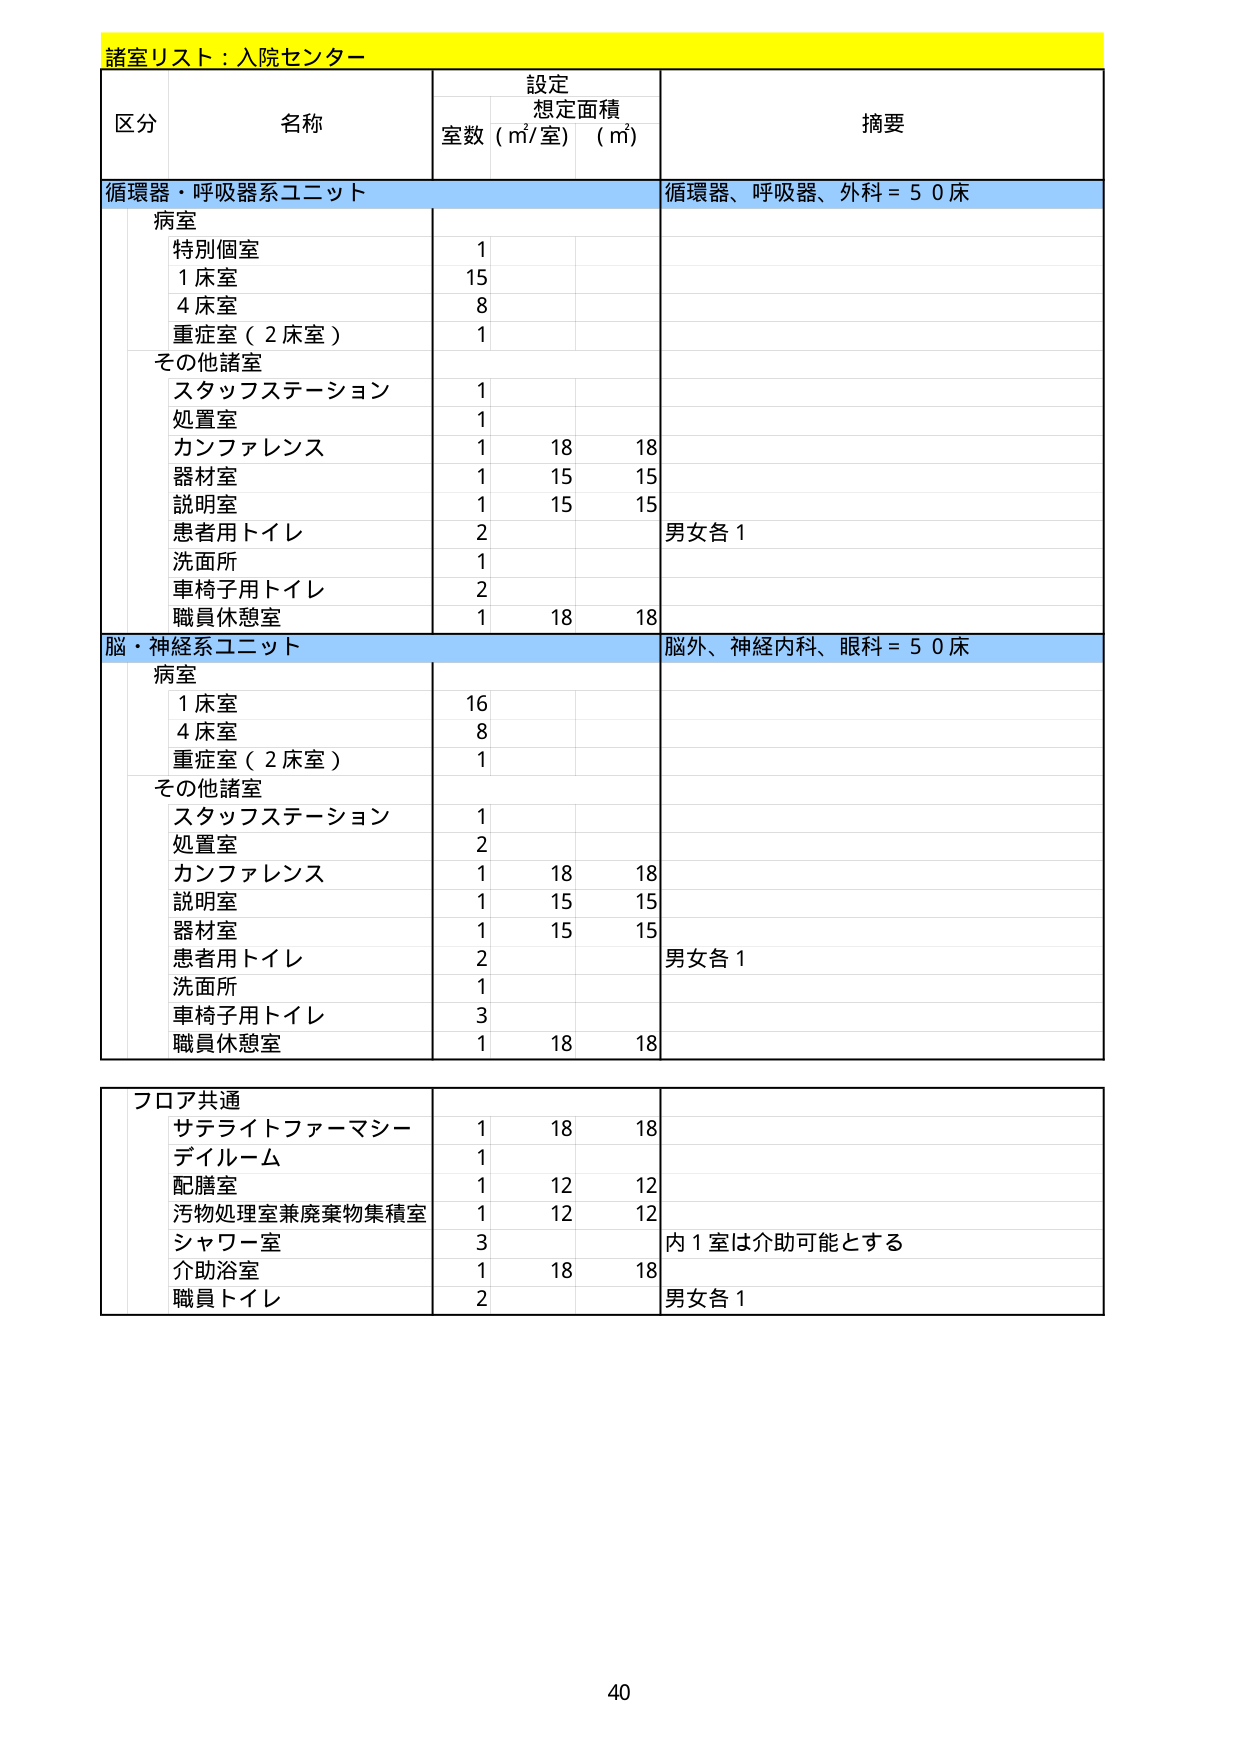
諸室リスト：入院センター

区分 名称 設定 想定面積 摘要
室数 (㎡/室) (㎡)

循環器・呼吸器系ユニット 循環器、呼吸器、外科 = 50床
病室
特別個室 1
1床室 15
4床室 8
重症室（2床室） 1
その他諸室
スタッフステーション 1
処置室 1
カンファレンス 1 18 18
器材室 1 15 15
説明室 1 15 15
患者用トイレ 2 男女各1
洗面所 1
車椅子用トイレ 2
職員休憩室 1 18 18

脳・神経系ユニット 脳外、神経内科、眼科 = 50床
病室
1床室 16
4床室 8
重症室（2床室） 1
その他諸室
スタッフステーション 1
処置室 2
カンファレンス 1 18 18
説明室 1 15 15
器材室 1 15 15
患者用トイレ 2 男女各1
洗面所 1
車椅子用トイレ 3
職員休憩室 1 18 18

フロア共通
サテライトファーマシー 1 18 18
ディルーム 1
配膳室 1 12 12
汚物処理室兼廃棄物集積室 1 12 12
シャワー室 3 内1室は介助可能とする
介助浴室 1 18 18
職員トイレ 2 男女各1

40